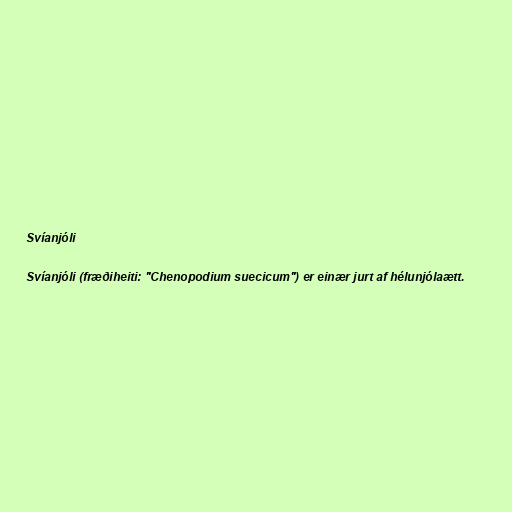
Svíanjóli

Svíanjóli (fræðiheiti: "Chenopodium suecicum") er einær jurt af hélunjólaætt.